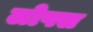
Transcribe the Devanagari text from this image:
लोफ्स